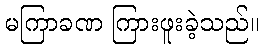
မကြာခဏ ကြားဖူးခဲ့သည်။